Lunatic asylums United Provinces 1909-1921 - 1909-1921
Year: 1909
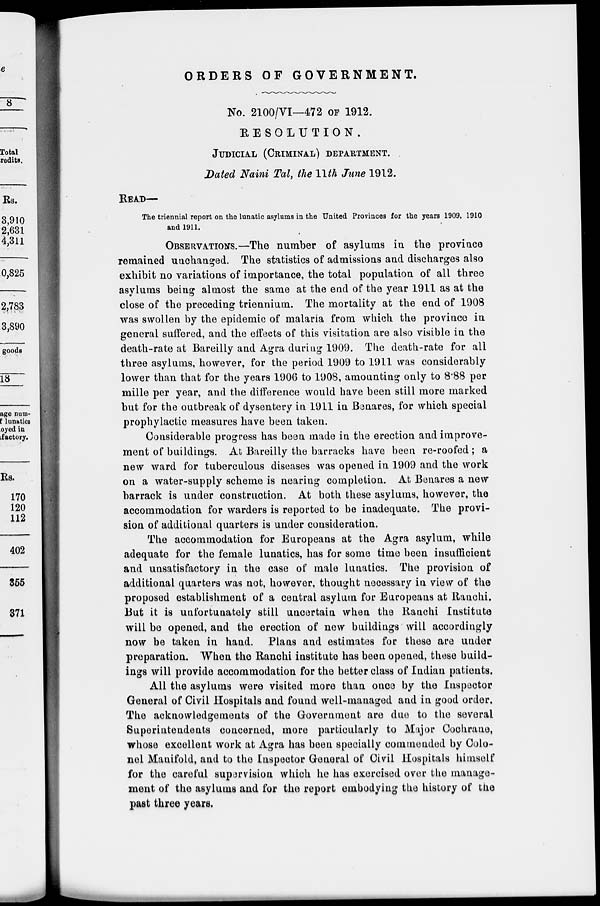
ORDERS OF GOVERNMENT.
No. 2100/VI—472 OF 1912.
RESOLUTION.
JUDICIAL (CRIMINAL) DEPARTMENT.
Dated Naini Tal, the 11th June 1912.
READ—
The triennial report on the lunatic asylums in the United Provinces for the years 1909, 1910
and 1911.
OBSERVATIONS.—The number of asylums in the province
remained unchanged. The statistics of admissions and discharges also
exhibit no variations of importance, the total population of all three
asylums being almost the same at the end of the year 1911 as at the
close of the preceding triennium. The mortality at the end of 1908
was swollen by the epidemic of malaria from which the province in
general suffered, and the effects of this visitation are also visible in the
death-rate at Bareilly and Agra during 1909. The death-rate for all
three asylums, however, for the period 1909 to 1911 was considerably
lower than that for the years 1906 to 1908, amounting only to 8.88 per
mille per year, and the difference would have been still more marked
but for the outbreak of dysentery in 1911 in Benares, for which special
prophylactic measures have been taken.
Considerable progress has been made in the erection and improve-
ment of buildings. At Bareilly the barracks have been re-roofed ; a
new ward for tuberculous diseases was opened in 1909 and the work
on a water-supply scheme is nearing completion. At Benares a new
barrack is under construction. At both these asylums, however, the
accommodation for warders is reported to be inadequate. The provi-
sion of additional quarters is under consideration.
The accommodation for Europeans at the Agra asylum, while
adequate for the female lunatics, has for some time been insufficient
and unsatisfactory in the case of male lunatics. The provision of
additional quarters was not, however, thought necessary in view of the
proposed establishment of a central asylum for Europeans at Ranchi.
But it is unfortunately still uncertain when the Ranchi Institute
will be opened, and the erection of new buildings will accordingly
now be taken in hand. Plans and estimates for these are under
preparation. When the Ranchi institute has been opened, these build-
ings will provide accommodation for the better class of Indian patients.
All the asylums were visited more than once by the Inspector
General of Civil Hospitals and found well-managed and in good order.
The acknowledgements of the Government are due to the several
Superintendents concerned, more particularly to Major Cochrane,
whose excellent work at Agra has been specially commended by Colo-
nel Manifold, and to the Inspector General of Civil Hospitals himself
for the careful supervision which he has exercised over the manage-
ment of the asylums and for the report embodying the history of the
past three years.